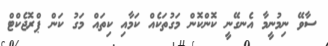
ސާވޭ ނިމުނީމާ އެނގޭނީ ކޮންކޮން މަގުތަކެއް ކަމާއި ކިތައް މަގު ކަން ޕްރޮޖެކްޓް